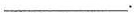
___.